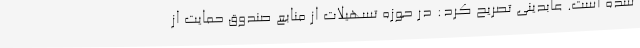
شده است. عابدینی تصریح کرد: در حوزه تسهیلات از منابع صندوق حمایت از